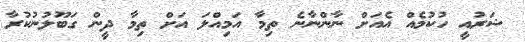
ޝަރުއީ ހުކުމެއް އެއަށް ނާންނާނެ ތިމާ އަމިއްލަ އަށް ތިމާ ދީން ގަބޫލުނުކުރާ